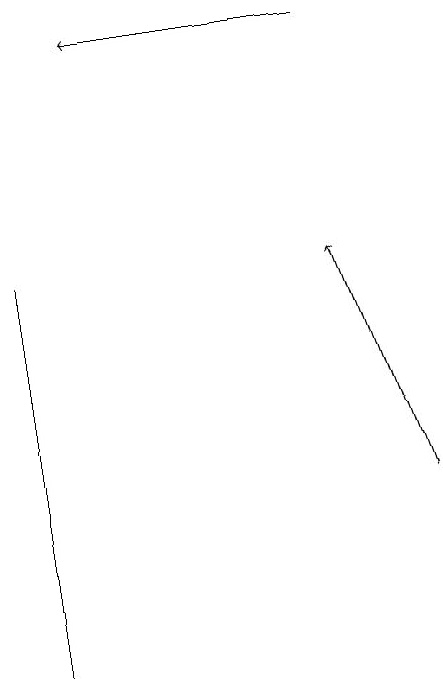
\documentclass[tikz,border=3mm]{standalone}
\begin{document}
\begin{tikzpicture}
\draw[->] (9,12) -- (8,15);
\draw[->] (8,18) -- (5,18);
\draw (4,15) rectangle (4,10);
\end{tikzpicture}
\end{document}